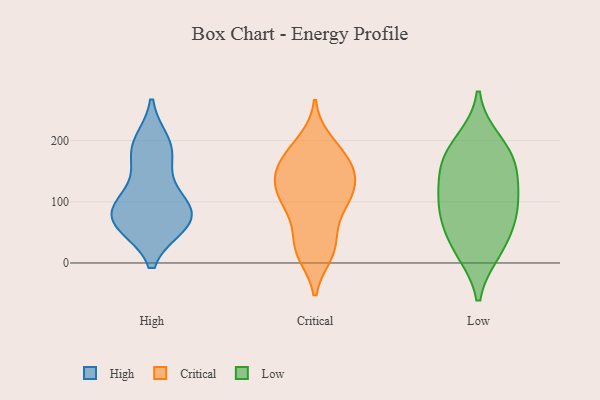
{"axis": {"x": "Budget (USD K)", "y": "Value"}, "legend": ["Critical", "High", "Low"], "data": [{"x": "", "y": 81, "type": "High"}, {"x": "", "y": 196, "type": "High"}, {"x": "", "y": 65, "type": "High"}, {"x": "", "y": 184, "type": "High"}, {"x": "", "y": 115, "type": "High"}, {"x": "", "y": 99, "type": "High"}, {"x": "", "y": 71, "type": "High"}, {"x": "", "y": 63, "type": "High"}, {"x": "", "y": 177, "type": "High"}, {"x": "", "y": 71, "type": "High"}, {"x": "", "y": 23, "type": "Critical"}, {"x": "", "y": 116, "type": "Critical"}, {"x": "", "y": 198, "type": "Critical"}, {"x": "", "y": 154, "type": "Critical"}, {"x": "", "y": 146, "type": "Critical"}, {"x": "", "y": 28, "type": "Critical"}, {"x": "", "y": 118, "type": "Critical"}, {"x": "", "y": 20, "type": "Critical"}, {"x": "", "y": 94, "type": "Critical"}, {"x": "", "y": 137, "type": "Critical"}, {"x": "", "y": 90, "type": "Critical"}, {"x": "", "y": 65, "type": "Critical"}, {"x": "", "y": 114, "type": "Critical"}, {"x": "", "y": 113, "type": "Critical"}, {"x": "", "y": 16, "type": "Critical"}, {"x": "", "y": 190, "type": "Critical"}, {"x": "", "y": 163, "type": "Critical"}, {"x": "", "y": 166, "type": "Critical"}, {"x": "", "y": 167, "type": "Critical"}, {"x": "", "y": 174, "type": "Low"}, {"x": "", "y": 148, "type": "Low"}, {"x": "", "y": 104, "type": "Low"}, {"x": "", "y": 111, "type": "Low"}, {"x": "", "y": 74, "type": "Low"}, {"x": "", "y": 74, "type": "Low"}, {"x": "", "y": 21, "type": "Low"}, {"x": "", "y": 26, "type": "Low"}, {"x": "", "y": 198, "type": "Low"}, {"x": "", "y": 166, "type": "Low"}]}